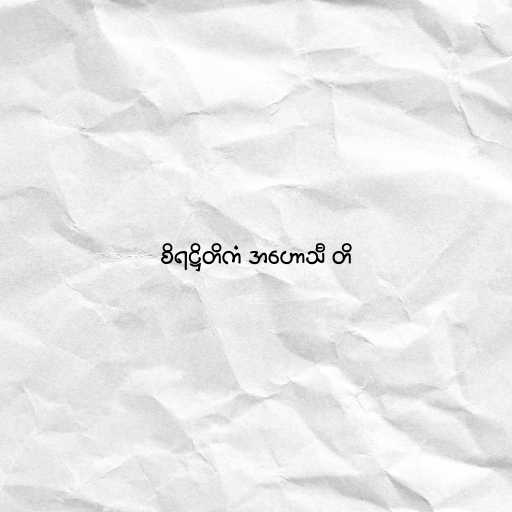
စိရဋ္ဌိတိကံ အဟောသီ တိ